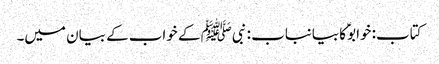
کتاب: خوابوؑ کا بیانباب : نبیﷺ کے خواب کے بیان میں۔